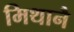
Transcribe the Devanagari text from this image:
मिथानै